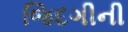
જિદગીની